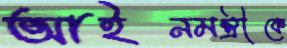
আইনমন্ত্রীকে